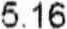
5.16